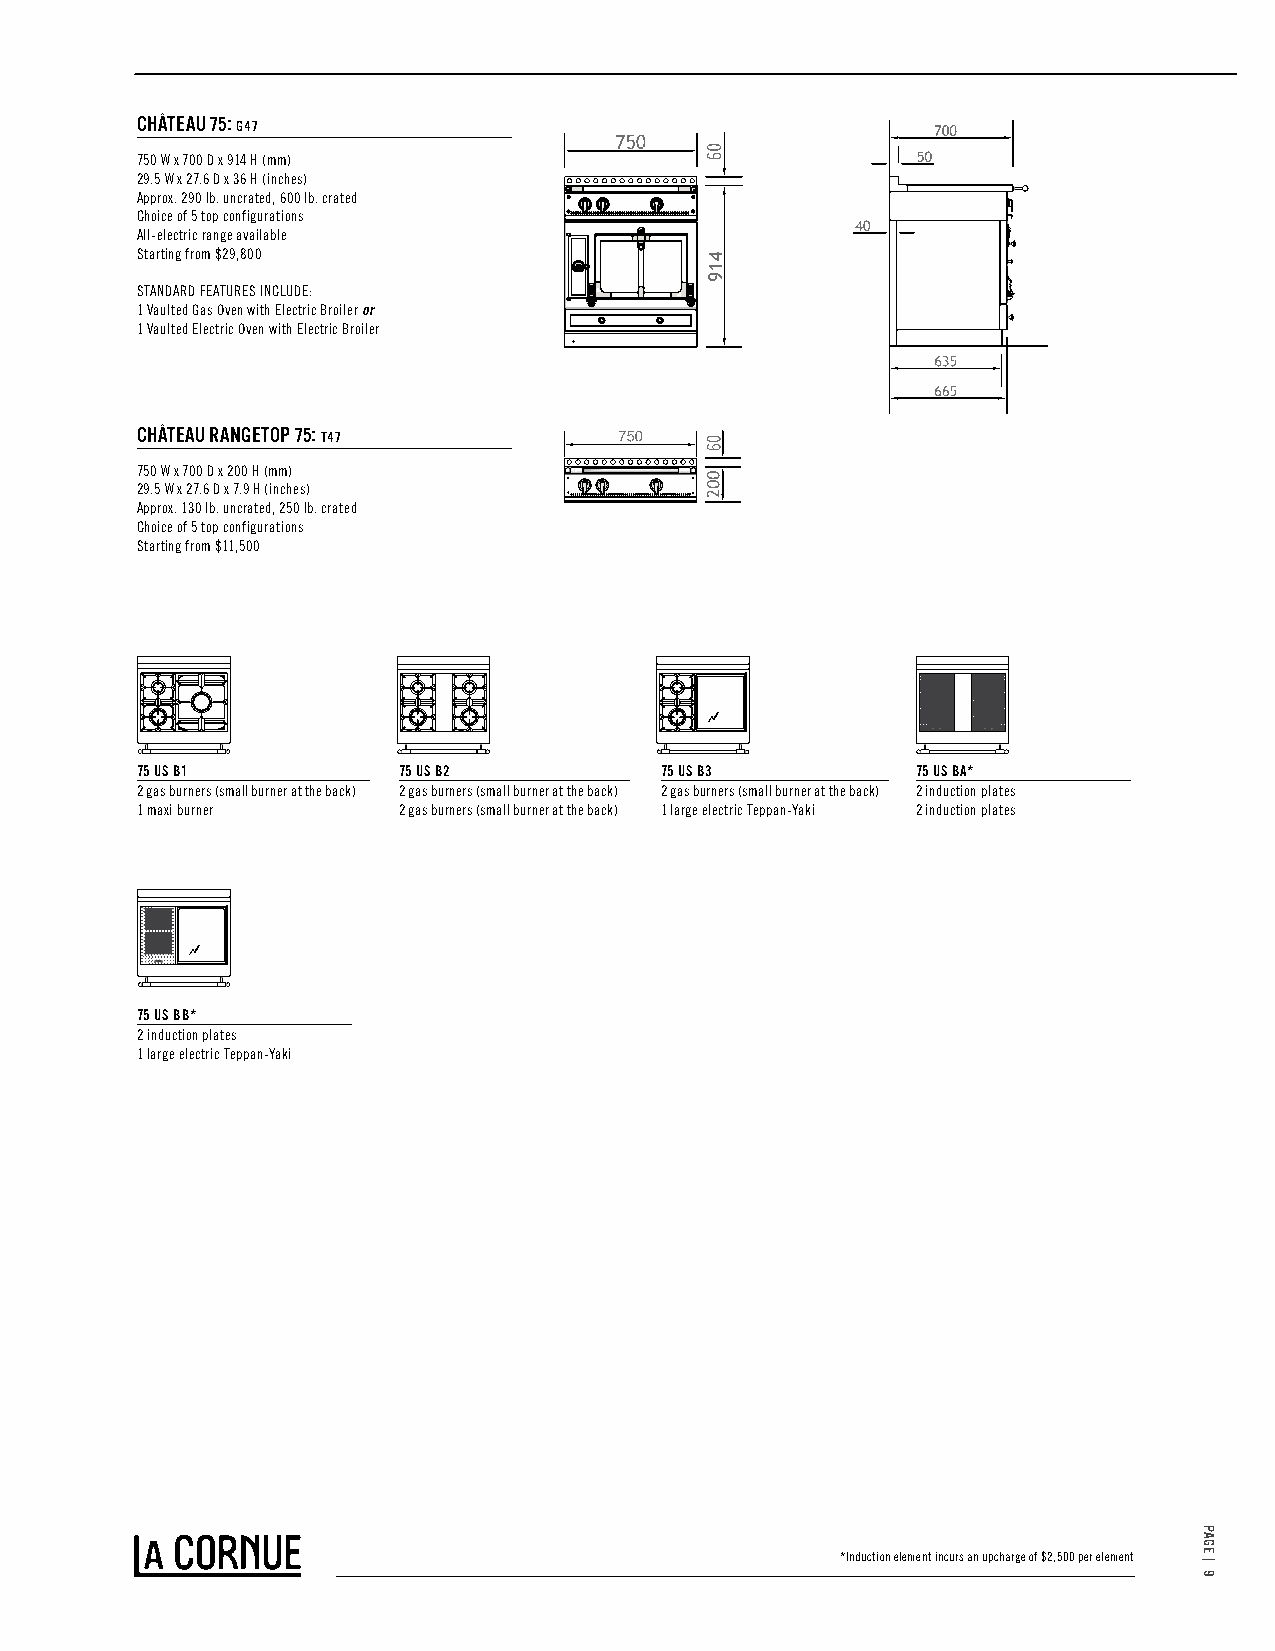
CHÂTEAU 75: G47
 750 W x 700 D x 914 H (mm)
 29.5 W x 27.6 D x 36 H (inches)
 Approx. 290 lb. uncrated, 600 lb. crated
 Choice of 5 top configurations
 All-electric range available
 Starting from $29,800
 STANDARD FEATURES INCLUDE:
 1 Vaulted Gas Oven with Electric Broiler or
 1 Vaulted Electric Oven with Electric Broiler
 CHÂTEAU RANGETOP 75: T47
 750 W x 700 D x 200 H (mm)
 29.5 W x 27.6 D x 7.9 H (inches)
 Approx. 130 lb. uncrated, 250 lb. crated
 Choice of 5 top configurations
 Starting from $11,500
 75 US B1         75 US B2          75 US B3         75 US BA*
 2 gas burners (small burner at the back) 2 gas burners (small burner at the back) 2 gas burners (small burner at the back) 2 induction plates
 1 maxi burner    2 gas burners (small burner at the back) 1 large electric Teppan-Yaki 2 induction plates
 75 US BB*
 2 induction plates
 1 large electric Teppan-Yaki
 *Induction element incurs an upcharge of $2,500 per element
 PAGE
 |
 8
 PAGE
 |
 9